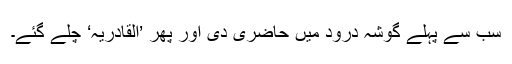
سب سے پہلے گوشہ درود میں حاضری دی اور پھر ’القادریہ‘ چلے گئے۔